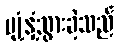
ပျံ့နှံ့သွားခဲ့သည်